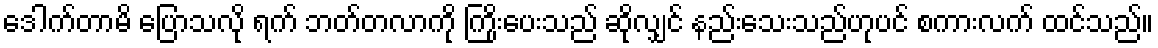
ဒေါက်တာမိ ပြောသလို ရက် ဘတ်တလာကို ကြိုးပေးသည် ဆိုလျှင် နည်းသေးသည်ဟုပင် စကားလက် ထင်သည်။